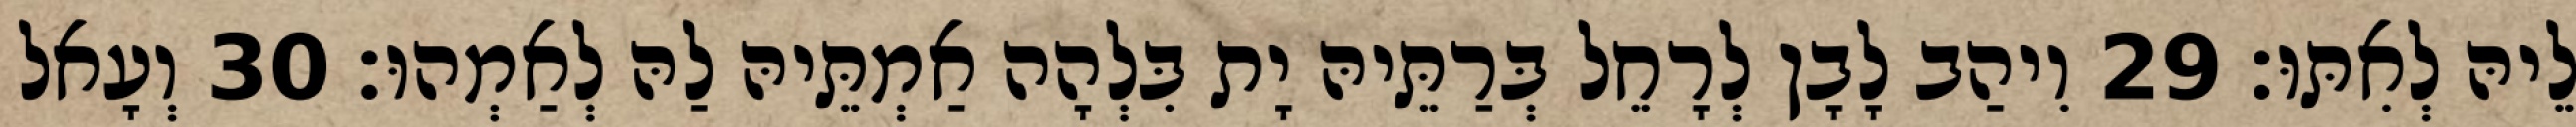
לֵיהּ לְאִתּוּ׃ 29 וִיהַב לָבָן לְרָחֵל בְּרַתֵּיהּ יָת בִּלְהָה אַמְתֵּיהּ לַהּ לְאַמְהוּ׃ 30 וְעָאל